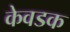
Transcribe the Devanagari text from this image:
केवडक